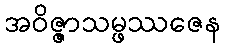
အဝိဇ္ဇာသမ္ဖဿဇေန